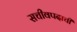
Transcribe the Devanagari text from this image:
सचीवपदाचीं